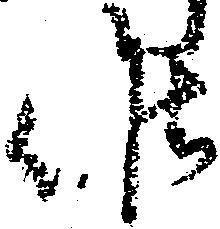
候